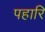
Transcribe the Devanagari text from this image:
पहारि